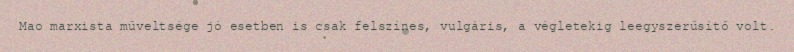
Mao marxista műveltsége jó esetben is csak felszínes, vulgáris, a végletekig leegyszerűsítő volt.